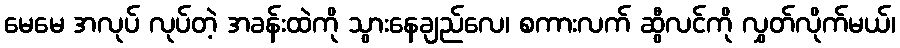
မေမေ အလုပ် လုပ်တဲ့ အခန်းထဲကို သွားနေချည်လေ၊ စကားလက် ဆွီလင်ကို လွှတ်လိုက်မယ်၊